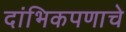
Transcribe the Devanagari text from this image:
दांभिकपणाचे